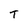
Character: T